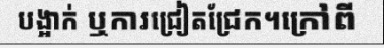
បង្អាក់ ឬការជ្រៀតជ្រែក។ក្រៅពី